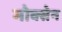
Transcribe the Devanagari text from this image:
मोक्सेन